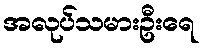
အလုပ်သမားဦးရေ